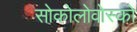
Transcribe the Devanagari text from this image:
सोकोलोवोस्को